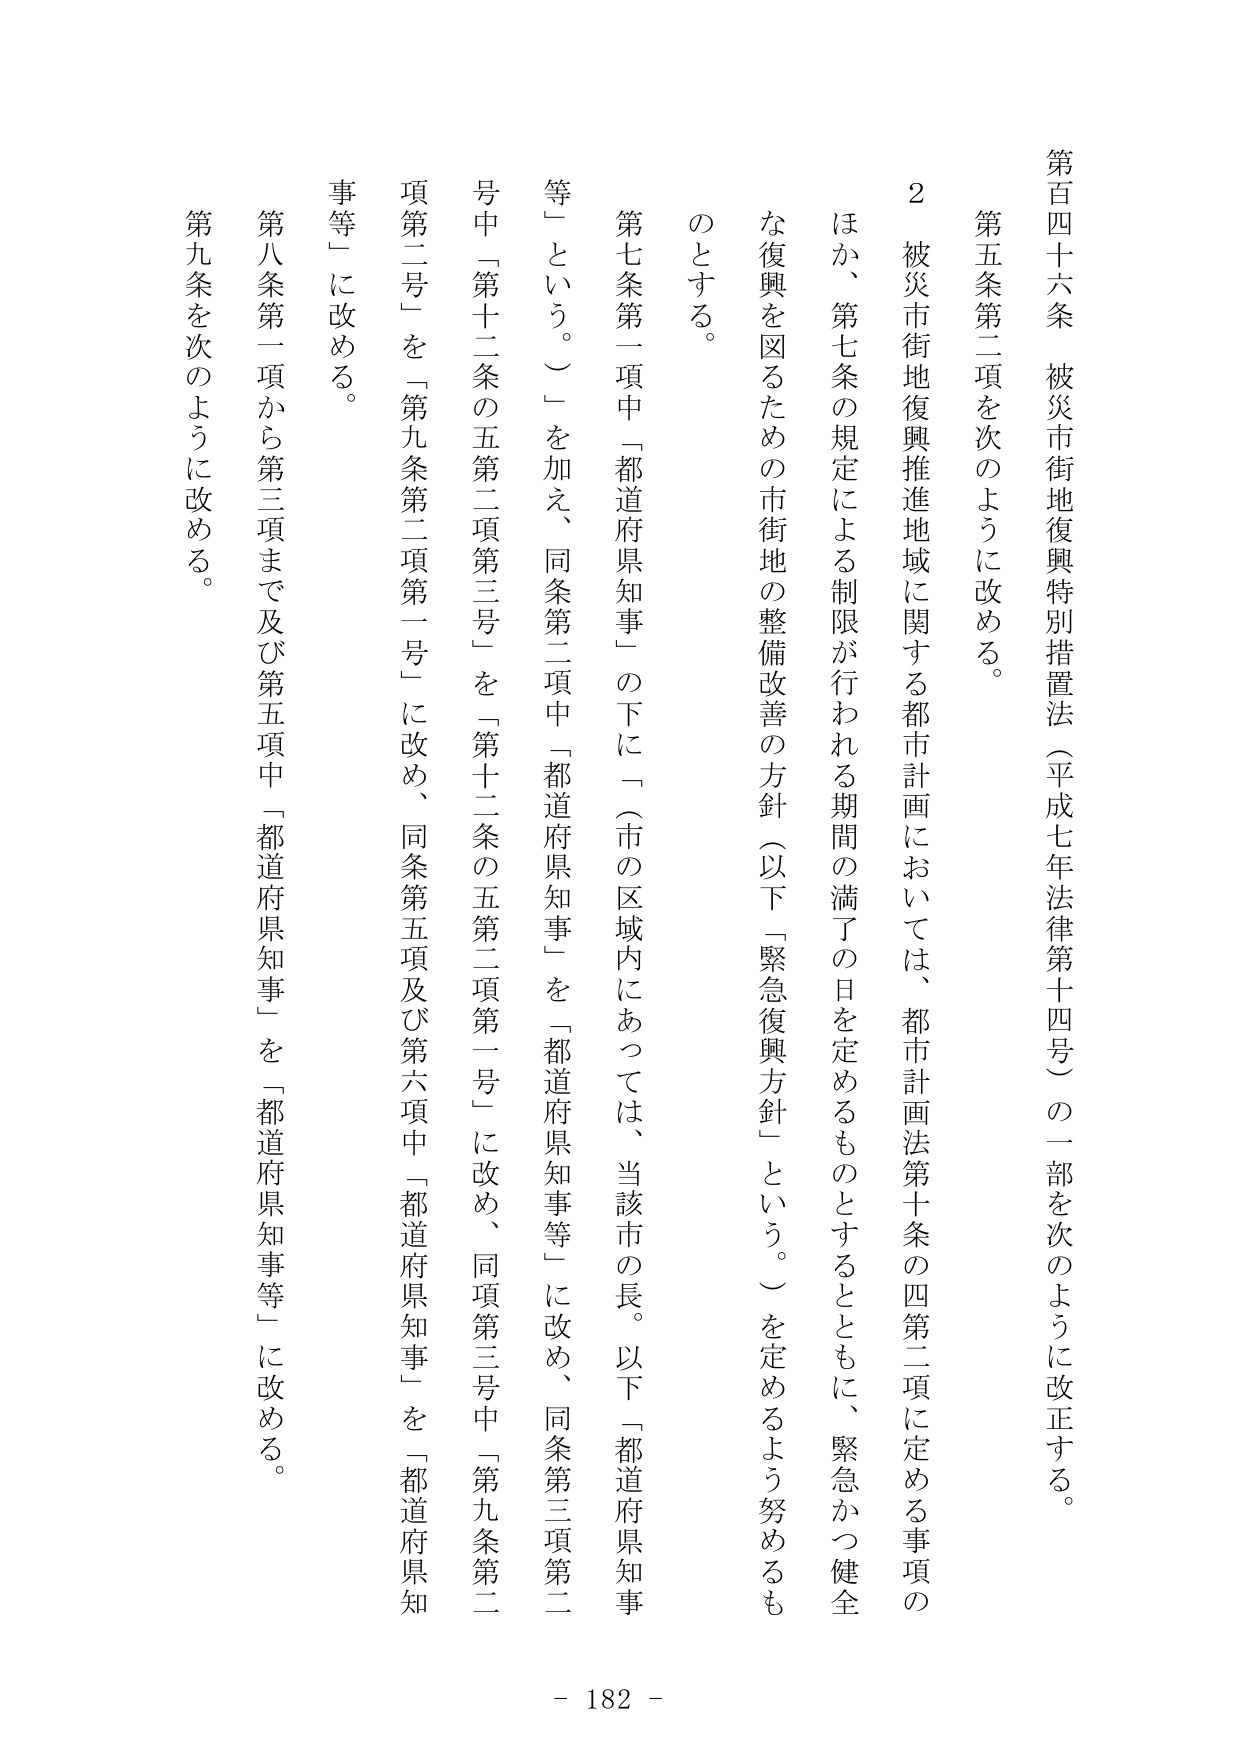
第百四十六条 被災市街地復興特別措置法（平成七年法律第十四号）の一部を次のように改正する。

第五条第二項を次のように改める。

２ 被災市街地復興推進地域に関する都市計画においては、都市計画法第十条の四第二項に定める事項のほか、第七条の規定による制限が行われる期間の満了の日を定めるものとするとともに、緊急かつ健全な復興を図るための市街地の整備改善の方針（以下「緊急復興方針」という。）を定めるよう努めるものとする。

第七条第一項中「都道府県知事」の下に「（市の区域内にあっては、当該市の長。以下「都道府県知事等」という。）」を加え、同条第二項中「都道府県知事」を「都道府県知事等」に改め、同条第三項第二号中「第十二条の五第二項第三号」を「第十二条の五第二項第一号」に改め、同項第三号中「第九条第二項第二号」を「第九条第二項第一号」に改め、同条第五項及び第六項中「都道府県知事」を「都道府県知事等」に改める。

第八条第一項から第三項まで及び第五項中「都道府県知事」を「都道府県知事等」に改める。

第九条を次のように改める。

- 182 -